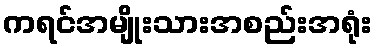
ကရင်အမျိုးသားအစည်းအရုံး